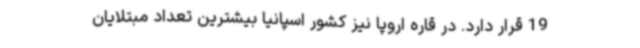
19 قرار دارد. در قاره اروپا نیز کشور اسپانیا بیشترین تعداد مبتلایان